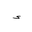
Letter: _hamza